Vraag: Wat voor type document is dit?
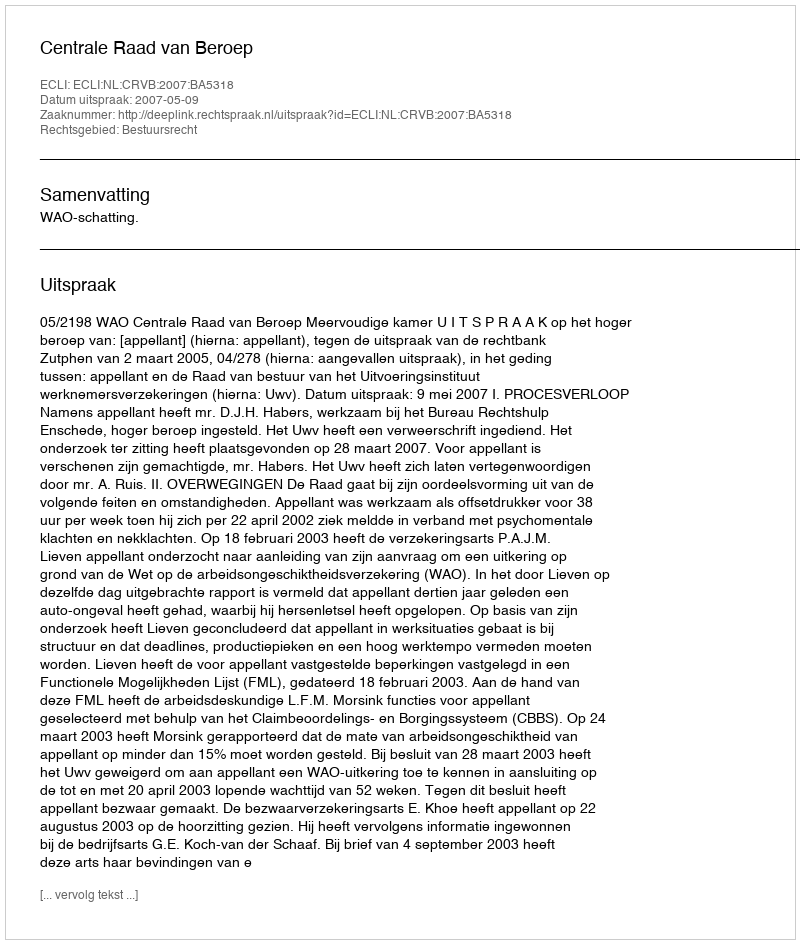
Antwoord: Uitspraak